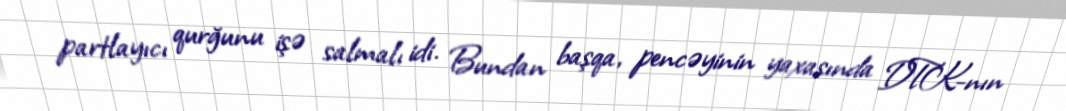
partlayıcı qurğunu işə salmalı idi. Bundan başqa, pencəyinin yaxasında DTK-nın